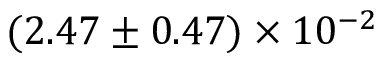
( 2 . 4 7 \pm 0 . 4 7 ) \times 1 0 ^ { - 2 }